Senior Leaving Certificate Examination (including Day School Certificate (Higher) General paper), 1946
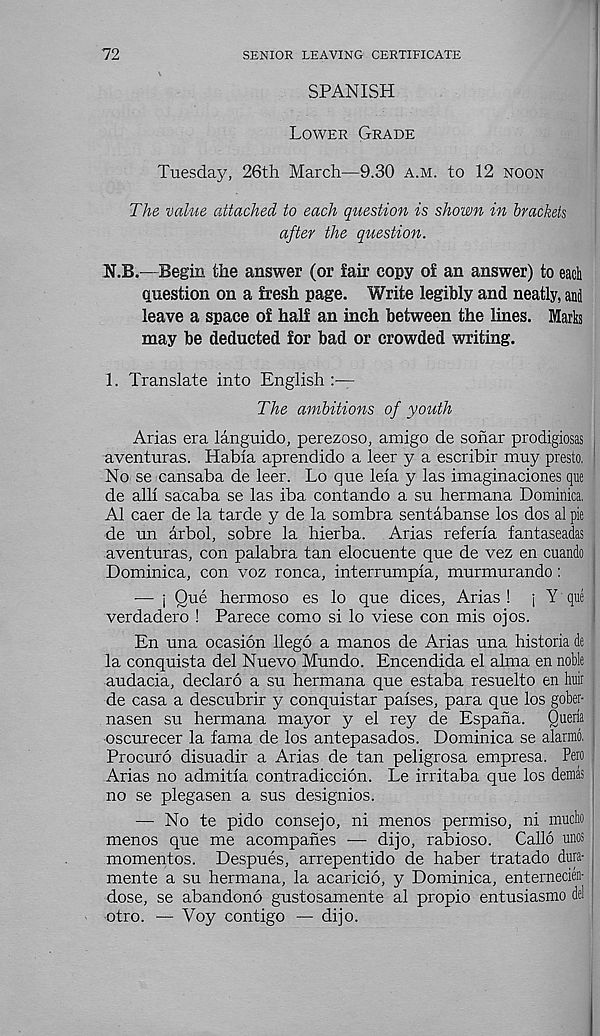
72
SENIOR LEAVING CERTIFICATE
SPANISH
Lower Grade
Tuesday, 26th March—9.30 a.m. to 12 noon
The value attached to each question is shown in brackets
after the question.
N.B.—Begin the answer (or fair copy of an answer) to each
question on a fresh page. Write legibly and neatly, and
leave a space of half an inch between the lines. Marks
may be deducted for bad or crowded writing.
1. Translate into English :—
The ambitions of youth
Arias era languido, perezoso, amigo de sonar prodigiosas
aventuras. Habia aprendido a leer y a escribir muy presto, :
No se cansaba de leer. Lo que leia y las imaginaciones que
de alii sacaba se las iba contando a su hermana Dominica.
A1 caer de la tarde y de la sombra sentabanse los dos al pie
de un arbol, sobre la hierba. Arias referia fantaseadas
aventuras, con palabra tan elocuente que de vez en cuando I
Dominica, con voz ronca, interrumpia, murmurando :
— i Que hermoso es lo que dices, Arias ! j Y que j
verdadero ! Parece como si lo viese con mis ojos.
En una ocasion llego a manos de Arias una historia de
la conquista del Nuevo Mundo. Encendida el alma en noble
audacia, declare a su hermana que estaba resuelto en Mr
de casa a descubrir y conquistar parses, para que los gober-
nasen su hermana mayor y el rey de Espafia. Queria
oscurecer la fama de los antepasados. Dominica se alarrad, !
Procure disuadir a Arias de tan peligrosa empresa. Pero
Arias no admitla contradiccion. Le irritaba que los demas
no se plegasen a sus designios.
— No te pido consejo, ni menos permiso, ni mucho
menos que me acompahes •— dijo, rabioso.
Callo unos
mementos. Despues, arrepentido de haber tratado dura-
mente a su hermana, la acaricio, y Dominica, enternecien-
dose, se abandono gustosamente al propio entusiasmo del ,
otro. — Voy contigo — dijo.